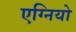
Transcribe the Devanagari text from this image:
एग्नियो